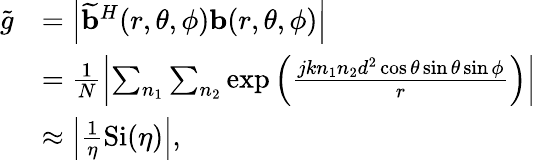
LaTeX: \begin{array}{rl}{{\widetilde{g}}}&{=\left|{\widetilde{\mathbf{b}}}^{H}(r,\theta,\phi){\mathbf{b}}(r,\theta,\phi)\right|}\\ &{=\frac{1}{N}\left|\sum_{n_{1}}\sum_{n_{2}}\exp\left(\frac{jkn_{1}n_{2}d^{2}\cos\theta\sin\theta\sin\phi}{r}\right)\right|}\\ &{\approx\left|\frac{1}{\eta}\mathrm{{Si}}(\eta)\right|,}\end{array}